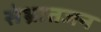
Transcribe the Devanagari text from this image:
संभ्रातजन